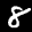
Label: 8